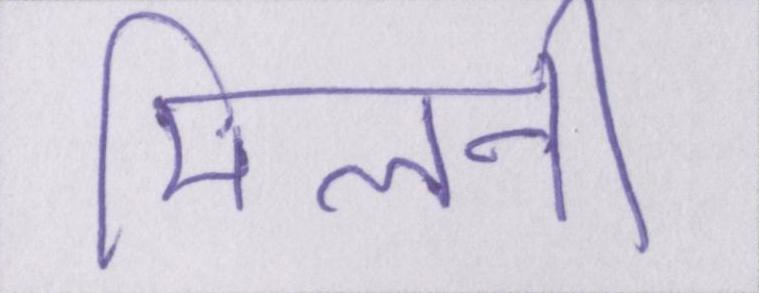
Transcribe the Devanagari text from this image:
मिलनी